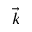
\vec { k }